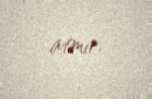
atmır.